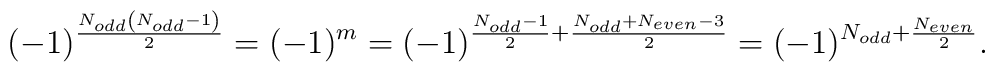
(-1)^{\frac{N_{odd}\left(N_{odd}-1\right)}{2}}=(-1)^m=(-1)^{\frac{N_{odd}-1}{2}+\frac{N_{odd}+N_{even}-3}{2}}=(-1)^{N_{odd}+\frac{N_{even}}{2}}.